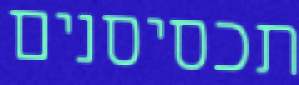
תכסיסנים